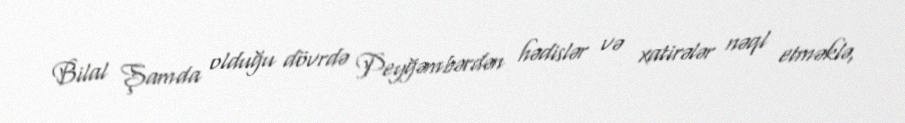
Bilal Şamda olduğu dövrdə Peyğəmbərdən hədislər və xatirələr nəql etməklə,